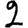
Digit: 2